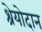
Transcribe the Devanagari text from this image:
श्रेयोदान